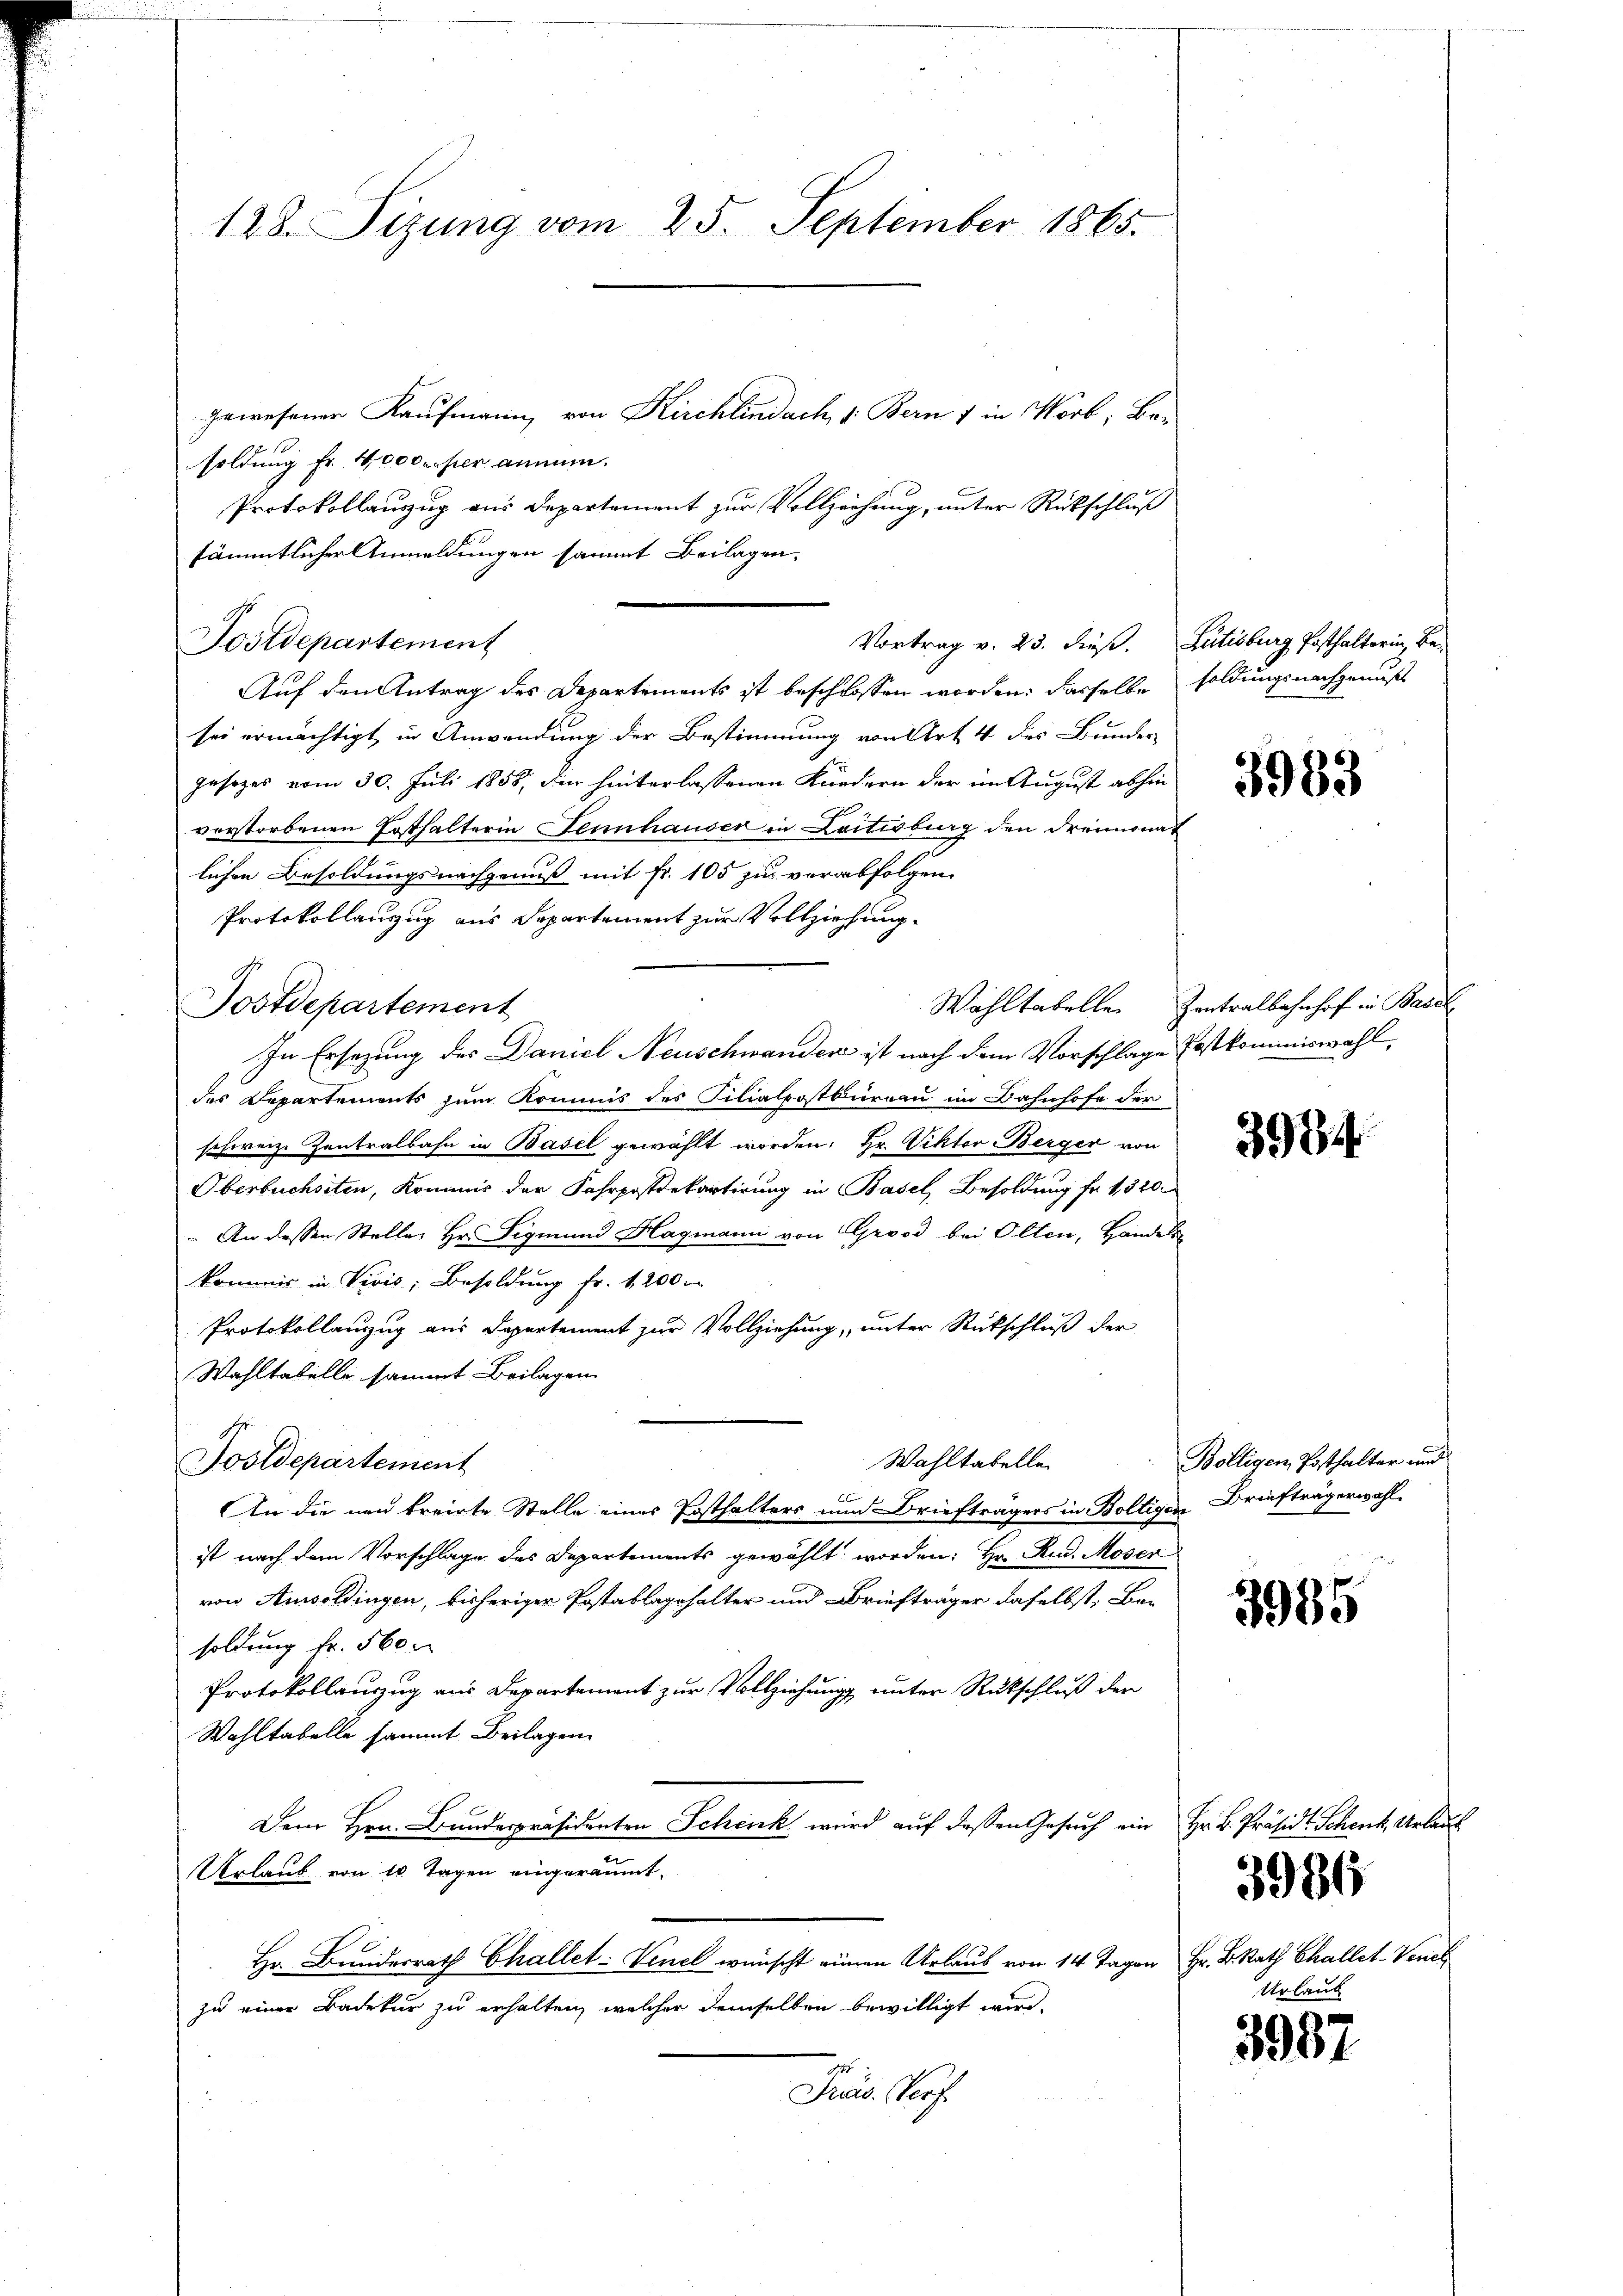
128. Sizung vom 25. September 1865.

gewesener Kaufmann, von Kirchlindach v. Bern f in Worb; Besoldung Fr. 4000 erster annum.
Protokollanzug aus Departement zur Vollziehung, unter Rückschluß
sämmtlicher Anmeldungen sammt Beilagen,
Postdepartement
Auf den Antrag des Departements ist beschlossen worden: dasselbe soldungsnachgenuß
sei ermächtigt, in Anwendung der Bestimmung von Art 4 des Bunder
jusezes vom 30. Juli 1858, der hinterlassenen Kundern der im August abhin
vorstorbenen Ersthalterin Sennhauser in Loitesburg den dreimonat
lichen Besoldungsnachgenuß mit Fr. 105 zu verabfolgen.
Protokollanzug aus Departement zur Vollziehung.
Postdepartement
In Ersezung des Daniel Neuschwander ist nach dem Vorschlage Erstkommiswahl
des Departements zum Kommis des Filialpostbüreau im Bahnhofe der
schweiz. Zentralbahn in Basel gewählt worden. Hr. Viktor Berger von
Oberbuchsiten, Kommis der Fahrpostdepartirung in Basel, Besoldung fr. 1320.
 An dessen Steller Hr. Sigmund Hagmann von Grood bei Olten, Handel
kommis in Vivis; Besoldung fr. 1200 m
Protokollanzug aus Departement zur Vollziehung, unter Rückschluß der
Wahltabelle sammt Beilagen
Wahltabellen
Fostdepartement
An die neu treirte Stelle eines Posthalters und Briefträgers in Boltigen Briefträgerwahl
ist nach dem Vorschlage des Departements gewählt worden: Hr. Rud. Moser
von Amsoldingen, bisheriger Postablagehalter und Briefträger daselbst, Besoldung fr. 560.
Protokollauszug aus Departement zur Vollziehung unter Rückschluß der
Wahltabelle sammt Beilagen
Dem Hrn. Bunderpräsidenten Schenk wird auf dessen Gesuch ein Hr. H. Präsidt. Schenk, Urlaub
Urlaub von 10 Tagen eingeräumt.
Hr. Bundesrath Challet: Venel wünscht einen Urlaub von 14 Tagen Hr. B. Rath Challet-Vene
zu einer Badetur zu erhalten, welcher demselben bewilligt wird.
Präs. Rech

Vortrag v. 25. dieß. Lütisburg Posthalterin, Be¬

5983

Wahltabelle Zentralbahnhof in Basel

3994

Bölligen Posthalter und

3985

Urlaub

3986

3987